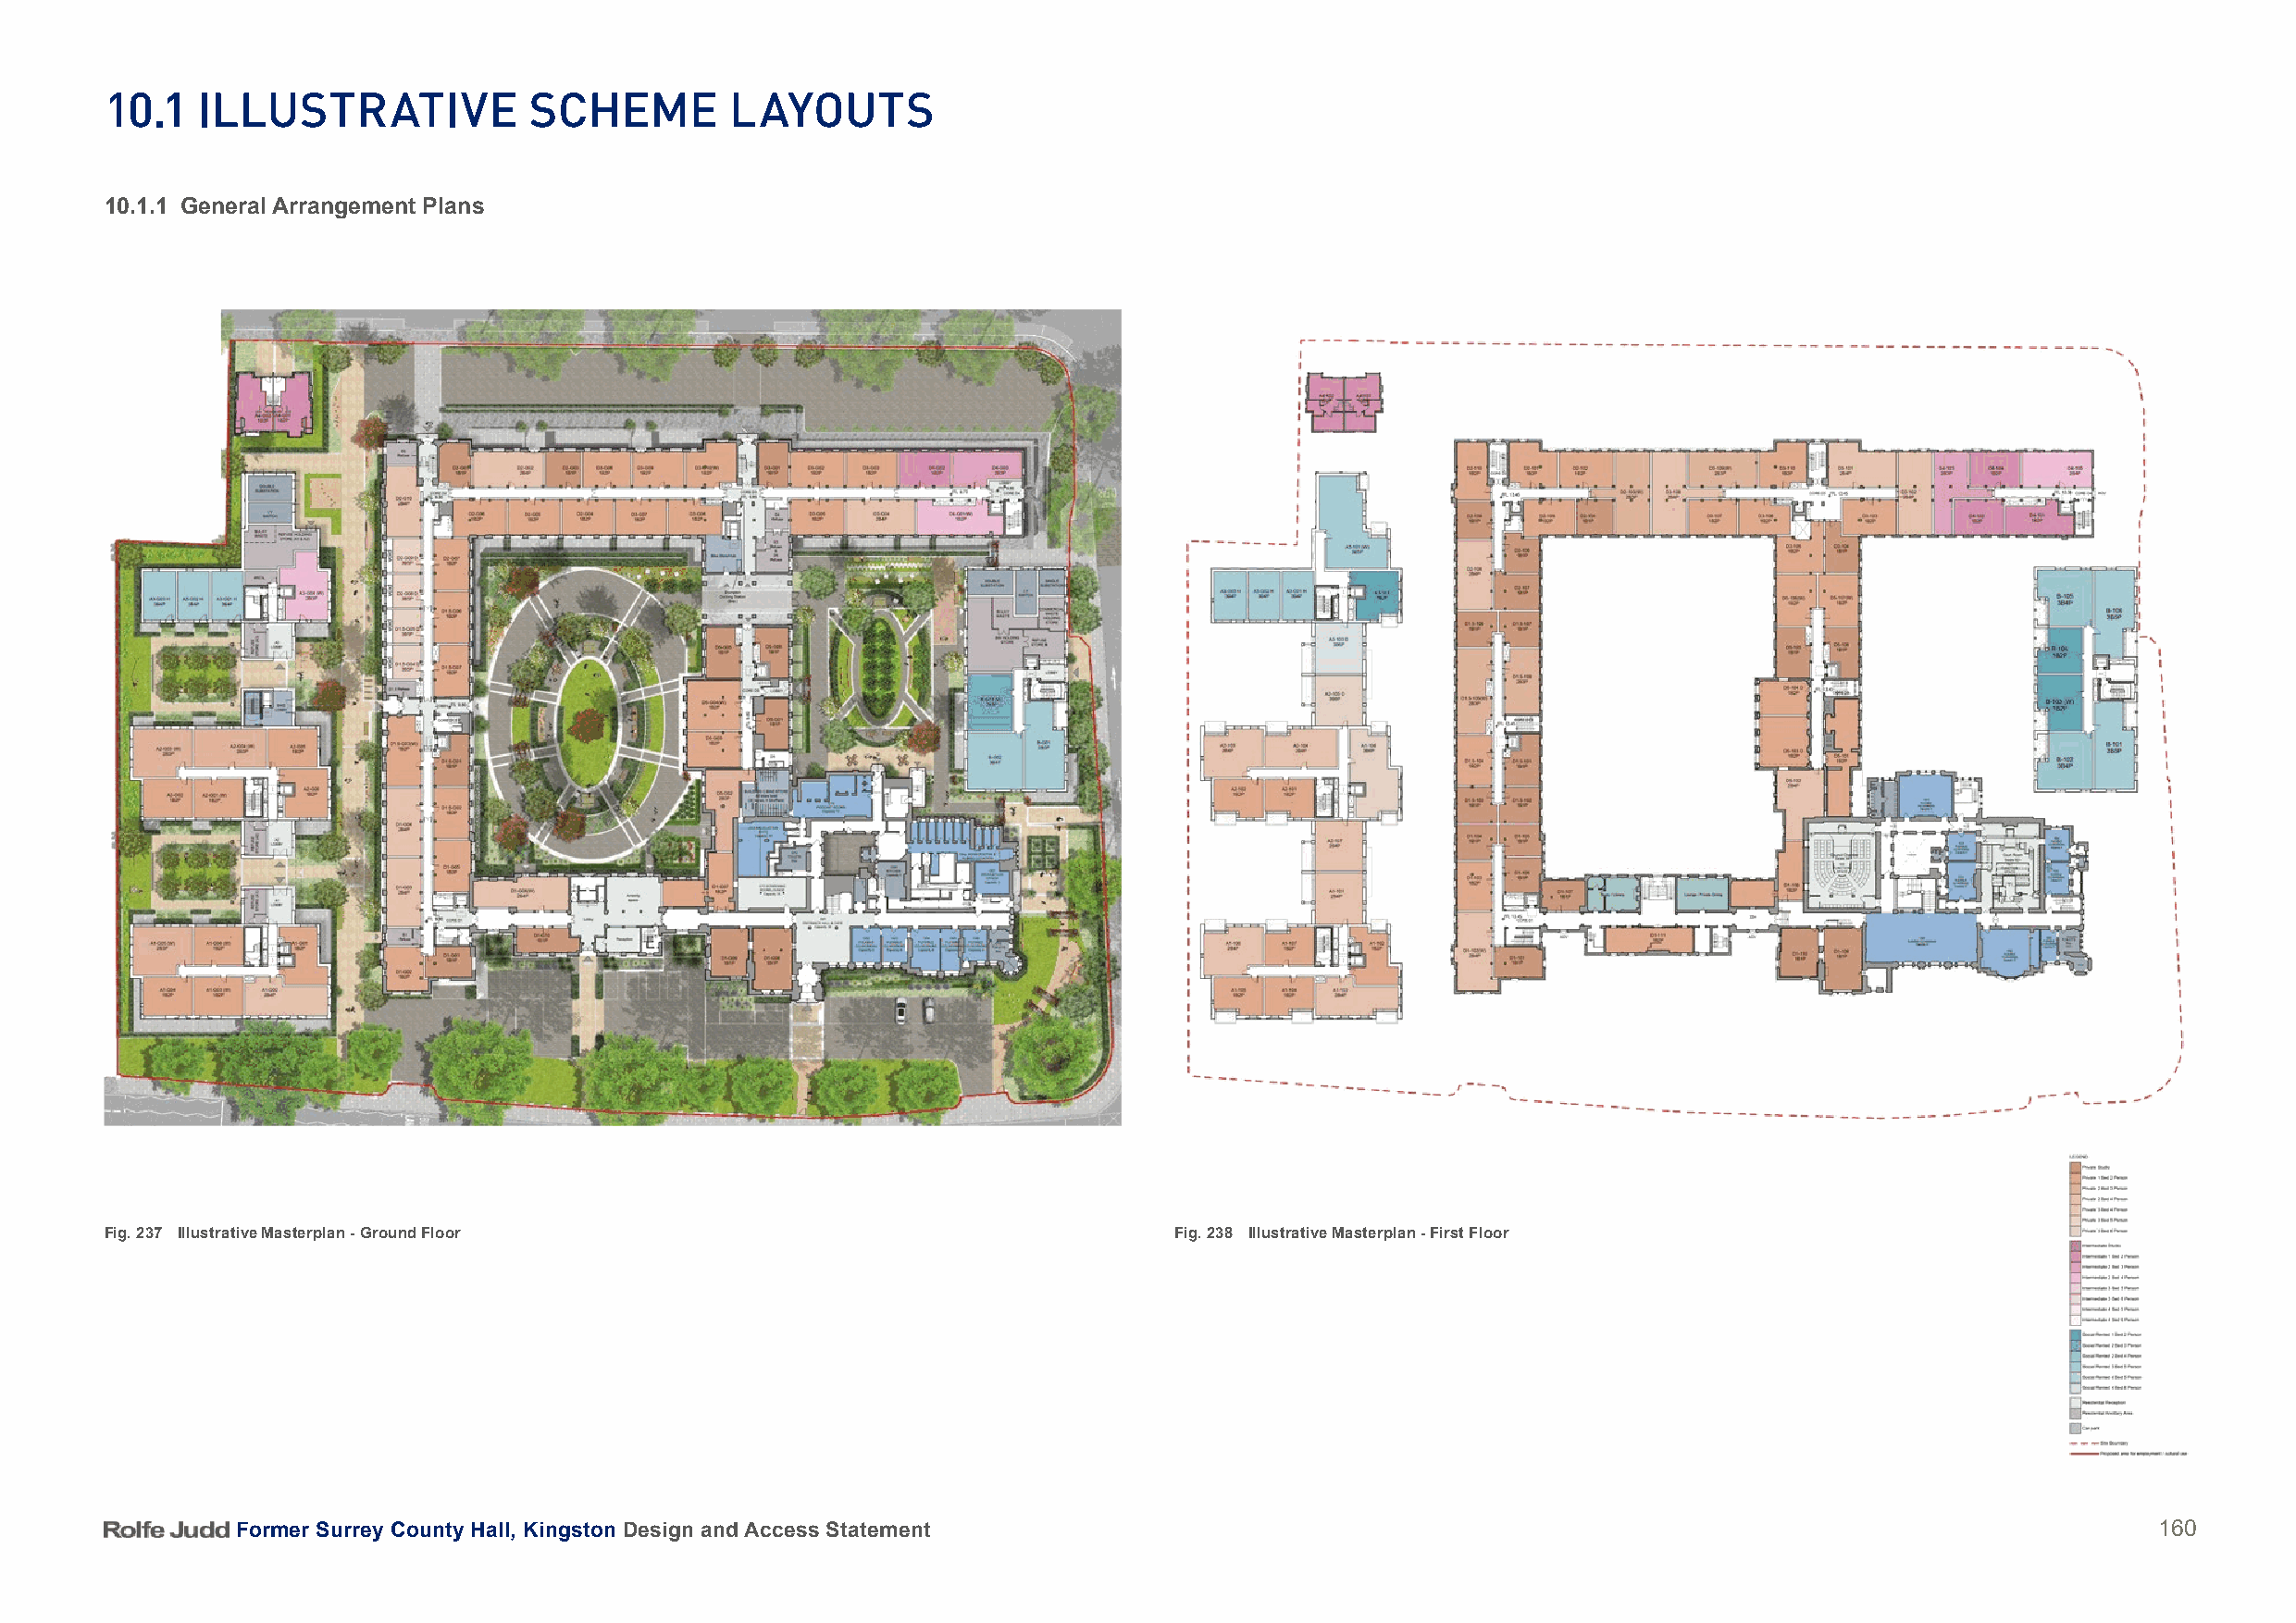
10.1   illuStratiVe            SCHeme        layoutS
 10.1.1 General Arrangement Plans
 Fig. 237 Illustrative Masterplan - Ground Floor                              Fig. 238 Illustrative Masterplan - First Floor
 Former Surrey County Hall, Kingston Design and Access Statement                                                                          160